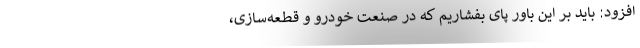
افزود: باید بر این باور پای بفشاریم که در صنعت خودرو و قطعه‌سازی،